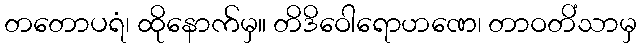
တတောပရံ၊ ထိုနောက်မှ။ တိဒိဝေါရောဟဏေ၊ တာဝတိံသာမှ